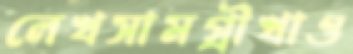
লেখসামগ্রীখাও